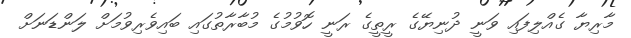
މާރިޔާ ގެއްލިފައި ވަނީ ދުނިޔޭގެ ރީތީގެ ރަނީ ހޮވުމުގެ މުބާރާތުގައި ބައިވެރިވުމަށް ލަންޑަނަށް